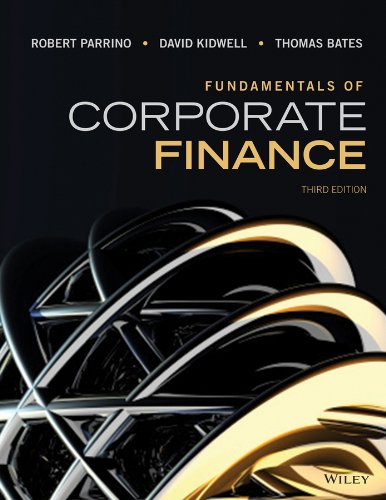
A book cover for Fundamentals of Corporate Finance; Robert Parrino; Business & Money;